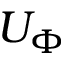
U _ { \Phi }